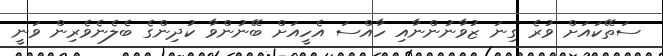
ސަތޭކައަށް ވުރެ ގިނަ ޒުވާނުންނާއި ހާއްސަ އެހީއަށް ބޭނުންވާ ކުދިންގެ ބެލެނެވެރިން ވަނީ